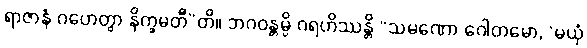
ရာဇာနံ ဂဟေတွာ နိက္ခမတီ”တိ။ ဘဂဝန္တမ္ပိ ဂရဟိဿန္တိ “သမဏော ဂေါတမော, ‘မယှံ